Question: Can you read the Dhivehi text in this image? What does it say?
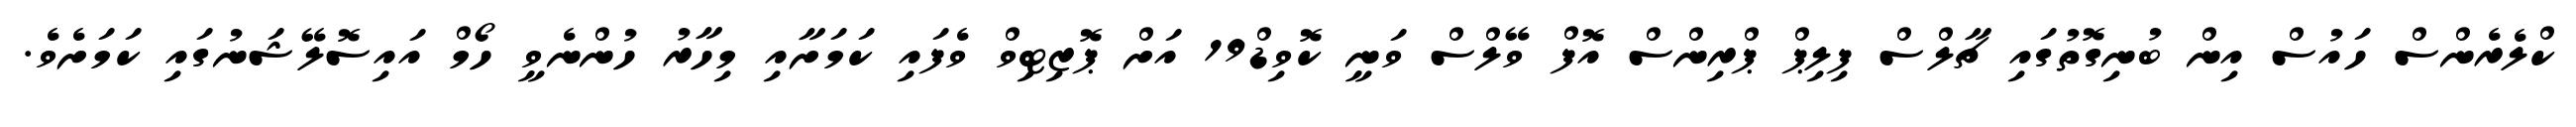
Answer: ކްލެރެންސް ހައުސް އިން ބުނިގޮތުގައި ޗާލްސް ފިލިޕް ޕްރިންސް އޮފް ވޭލްސް ވަނީ ކޮވިޑް19 އަށް ޕޮޒިޓިވް ވެފައި ކަމަށާއި މިހާރު ހުންނެވީ ހޯމް އައިސޮލޭޝަނުގައި ކަމަށެވެ.